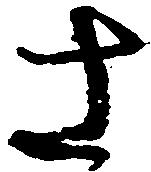
さ